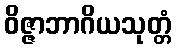
ဝိဇ္ဇာဘာဂိယသုတ္တံ